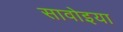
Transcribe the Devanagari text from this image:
सावोइया